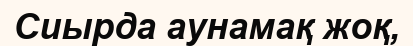
Сиырда аунамақ жоқ,